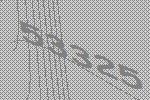
53325